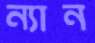
ন্যান